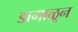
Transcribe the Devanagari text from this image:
डागाळून